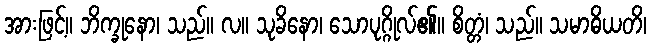
အားဖြင့်။ ဘိက္ခုနော၊ သည်။ လ။ သုခိနော၊ သောပုဂ္ဂိုလ်၏။ စိတ္တံ၊ သည်။ သမာဓိယတိ၊